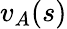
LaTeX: v_{A}(s)